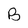
Character: B